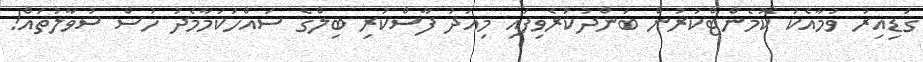
ގަޑިއިރު ވުމާއެކު ކޮމެންޓްކުރުން ބަންދުކުރެވިފައި މިއަދު ފާސްކުރި ބިލްގެ ސައްހަކަމާމެދު ހުސް ސުވާލުތައް!